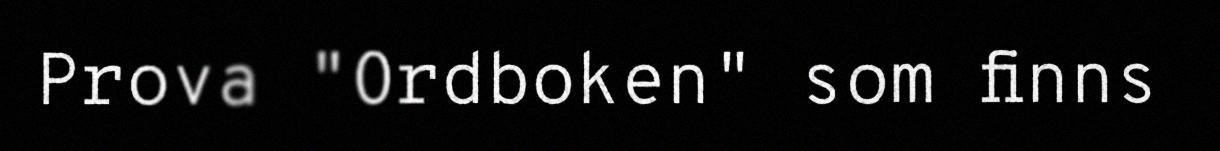
Prova "Ordboken" som finns